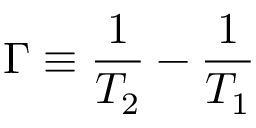
\Gamma \equiv \frac { 1 } { T _ { 2 } } - \frac { 1 } { T _ { 1 } }